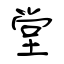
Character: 堂